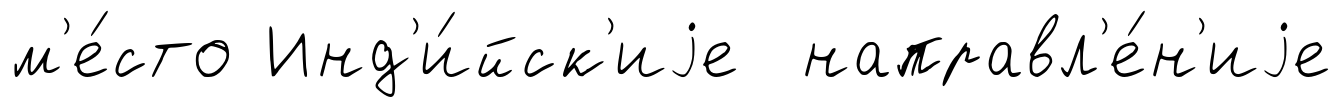
м'е́сто Инд'и́йск'иjе направл'е́н'иjе